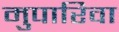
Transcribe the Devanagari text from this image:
मुपारिवा